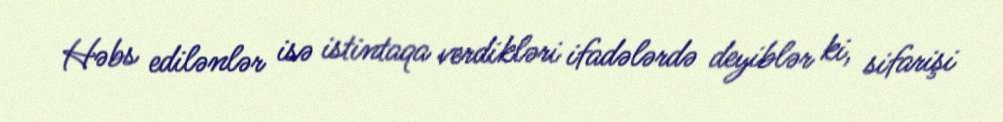
Həbs edilənlər isə istintaqa verdikləri ifadələrdə deyiblər ki, sifarişi